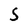
Character: S